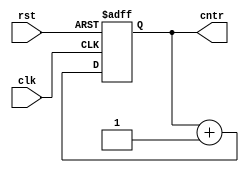
`timescale 1ns / 1ps
//////////////////////////////////////////////////////////////////////////////////
// Institute: NIT Rourkela 
// Design Name: Priteesh Ranjan
// Module Name: Counter
// Project Name: Counter
//////////////////////////////////////////////////////////////////////////////////

module counter_1(input clk,rst, output[3:0] cntr);
reg [3:0] up_cntr, dw_cntr;
always @(posedge clk or posedge rst)
begin
if(rst)
    up_cntr <= 4'b0;
else 
up_cntr <= up_cntr + 4'b1; 
end
assign cntr = up_cntr;

endmodule